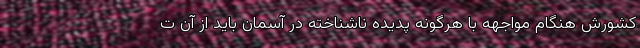
کشورش هنگام مواجهه با هرگونه پدیده ناشناخته در آسمان باید از آن ت